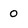
Character: O